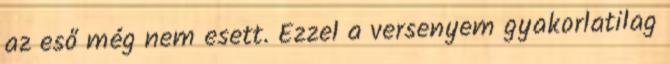
az eső még nem esett. Ezzel a versenyem gyakorlatilag